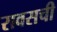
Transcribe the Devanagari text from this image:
रावसची